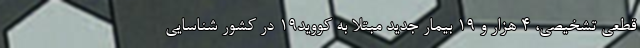
قطعی تشخیصی، ۴ هزار و ۱۹ بیمار جدید مبتلا به کووید۱۹ در کشور شناسایی